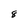
Character: 8